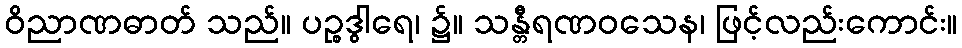
ဝိညာဏဓာတ် သည်။ ပဉ္စဒွါရေ၊ ၌။ သန္တီရဏဝသေန၊ ဖြင့်လည်းကောင်း။